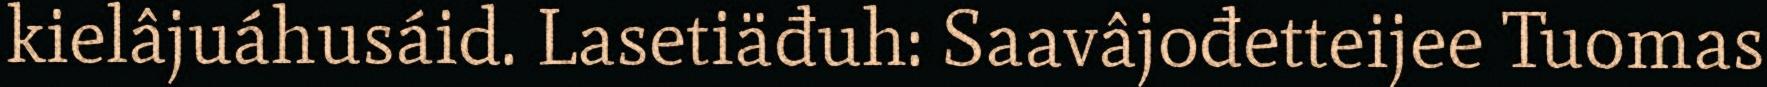
kielâjuáhusáid. Lasetiäđuh: Saavâjođetteijee Tuomas